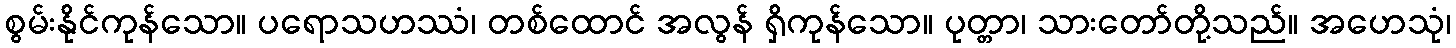
စွမ်းနိုင်ကုန်သော။ ပရောသဟဿံ၊ တစ်ထောင် အလွန် ရှိကုန်သော။ ပုတ္တာ၊ သားတော်တို့သည်။ အဟေသုံ၊